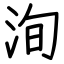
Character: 洵